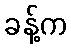
ခန့်က